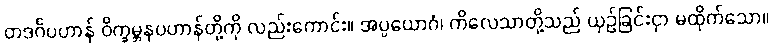
တဒင်္ဂပဟာန် ဝိက္ခမ္ဘနပဟာန်တို့ကို လည်းကောင်း။ အပ္ပယောဂံ၊ ကိလေသာတို့သည် ယှဉ်ခြင်းငှာ မထိုက်သော။